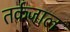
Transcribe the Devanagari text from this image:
तर्कजाल